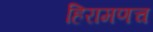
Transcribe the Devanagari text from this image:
हिरामणच